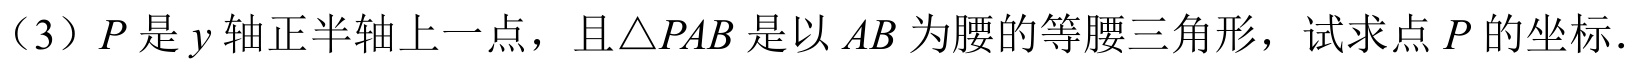
（3）\(P\)是\(y\)轴正半轴上一点，且\(\triangle PAB\)是以\(AB\)为腰的等腰三角形，试求点\(P\)的坐标.